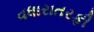
વધારાતરફી